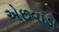
એછવાડા